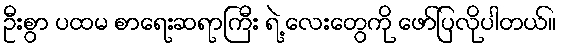
ဦးစွာ ပထမ စာရေးဆရာကြီး ရဲ့ လေးတွေကို ဖော်ပြလိုပါတယ်။